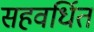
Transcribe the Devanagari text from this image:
सहवर्धित